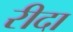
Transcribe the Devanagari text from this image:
रीदा